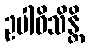
ဥပါဝိသိန္တိ